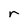
Character: r